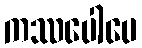
ကဿပေါပေ